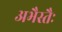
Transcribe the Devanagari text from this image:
अभैस्तैः